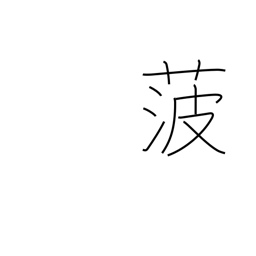
Meaning: spinach